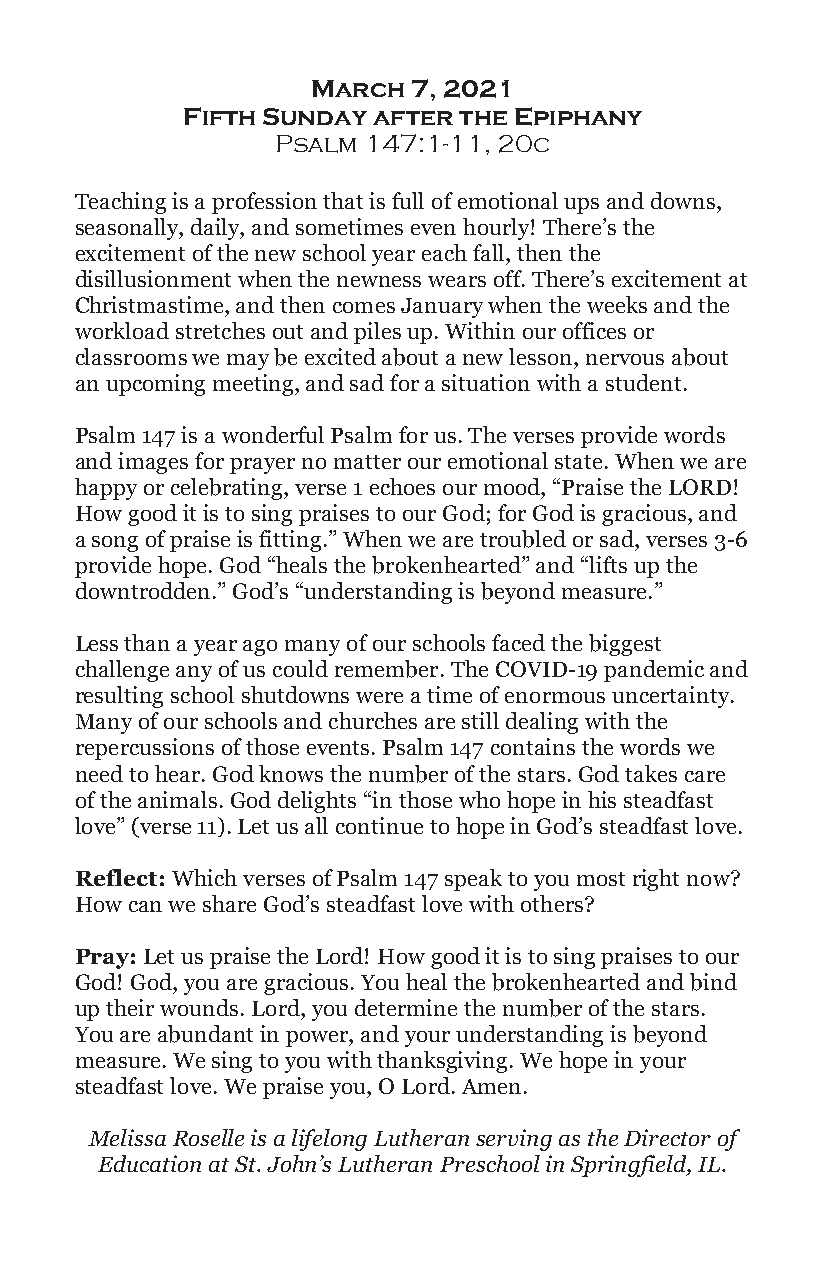
March 7, 2021
 Fifth Sunday after the Epiphany
 Psalm 147:1-11, 20c
 Teaching is a profession that is full of emotional ups and downs,
 seasonally, daily, and sometimes even hourly! There’s the
 excitement of the new school year each fall, then the
 disillusionment when the newness wears off. There’s excitement at
 Christmastime, and then comes January when the weeks and the
 workload stretches out and piles up. Within our offices or
 classrooms we may be excited about a new lesson, nervous about
 an upcoming meeting, and sad for a situation with a student.
 Psalm 147 is a wonderful Psalm for us. The verses provide words
 and images for prayer no matter our emotional state. When we are
 happy or celebrating, verse 1 echoes our mood, “Praise the LORD!
 How good it is to sing praises to our God; for God is gracious, and
 a song of praise is fitting.” When we are troubled or sad, verses 3-6
 provide hope. God “heals the brokenhearted” and “lifts up the
 downtrodden.” God’s “understanding is beyond measure.”
 Less than a year ago many of our schools faced the biggest
 challenge any of us could remember. The COVID-19 pandemic and
 resulting school shutdowns were a time of enormous uncertainty.
 Many of our schools and churches are still dealing with the
 repercussions of those events. Psalm 147 contains the words we
 need to hear. God knows the number of the stars. God takes care
 of the animals. God delights “in those who hope in his steadfast
 love” (verse 11). Let us all continue to hope in God’s steadfast love.
 Reflect: Which verses of Psalm 147 speak to you most right now?
 How can we share God’s steadfast love with others?
 Pray: Let us praise the Lord! How good it is to sing praises to our
 God! God, you are gracious. You heal the brokenhearted and bind
 up their wounds. Lord, you determine the number of the stars.
 You are abundant in power, and your understanding is beyond
 measure. We sing to you with thanksgiving. We hope in your
 steadfast love. We praise you, O Lord. Amen.
 Melissa Roselle is a lifelong Lutheran serving as the Director of
 Education at St. John’s Lutheran Preschool in Springfield, IL.